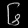
Digit: ၆